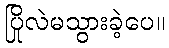
ပြိုလဲမသွားခဲ့ပေ။